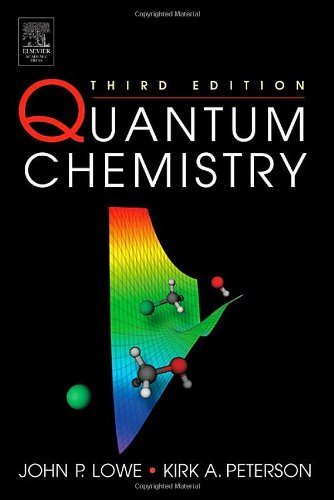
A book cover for Quantum Chemistry, Third Edition; John P. Lowe; Science & Math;